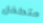
متطفل